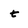
Character: t